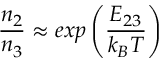
\frac { n _ { 2 } } { n _ { 3 } } \approx e x p \left( \frac { E _ { 2 3 } } { k _ { B } T } \right)